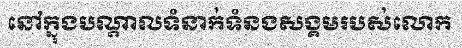
នៅក្នុងបណ្តាលទំនាក់ទំនងសង្គមរបស់លោក